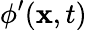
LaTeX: \phi^{\prime}(\mathbf{x},t)